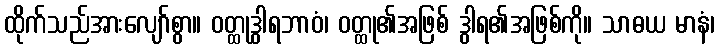
ထိုက်သည်အားလျော်စွာ။ ဝတ္ထုဒွါရဘာဝံ၊ ဝတ္ထု၏အဖြစ် ဒွါရ၏အဖြစ်ကို။ သာဓယ မာနံ၊